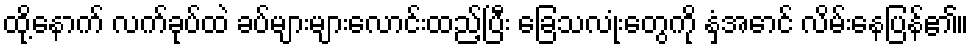
ထို့နောက် လက်ခုပ်ထဲ ခပ်များများလောင်းထည့်ပြီး ခြေသလုံးတွေကို နှံ့အောင် လိမ်းနေပြန်၏။